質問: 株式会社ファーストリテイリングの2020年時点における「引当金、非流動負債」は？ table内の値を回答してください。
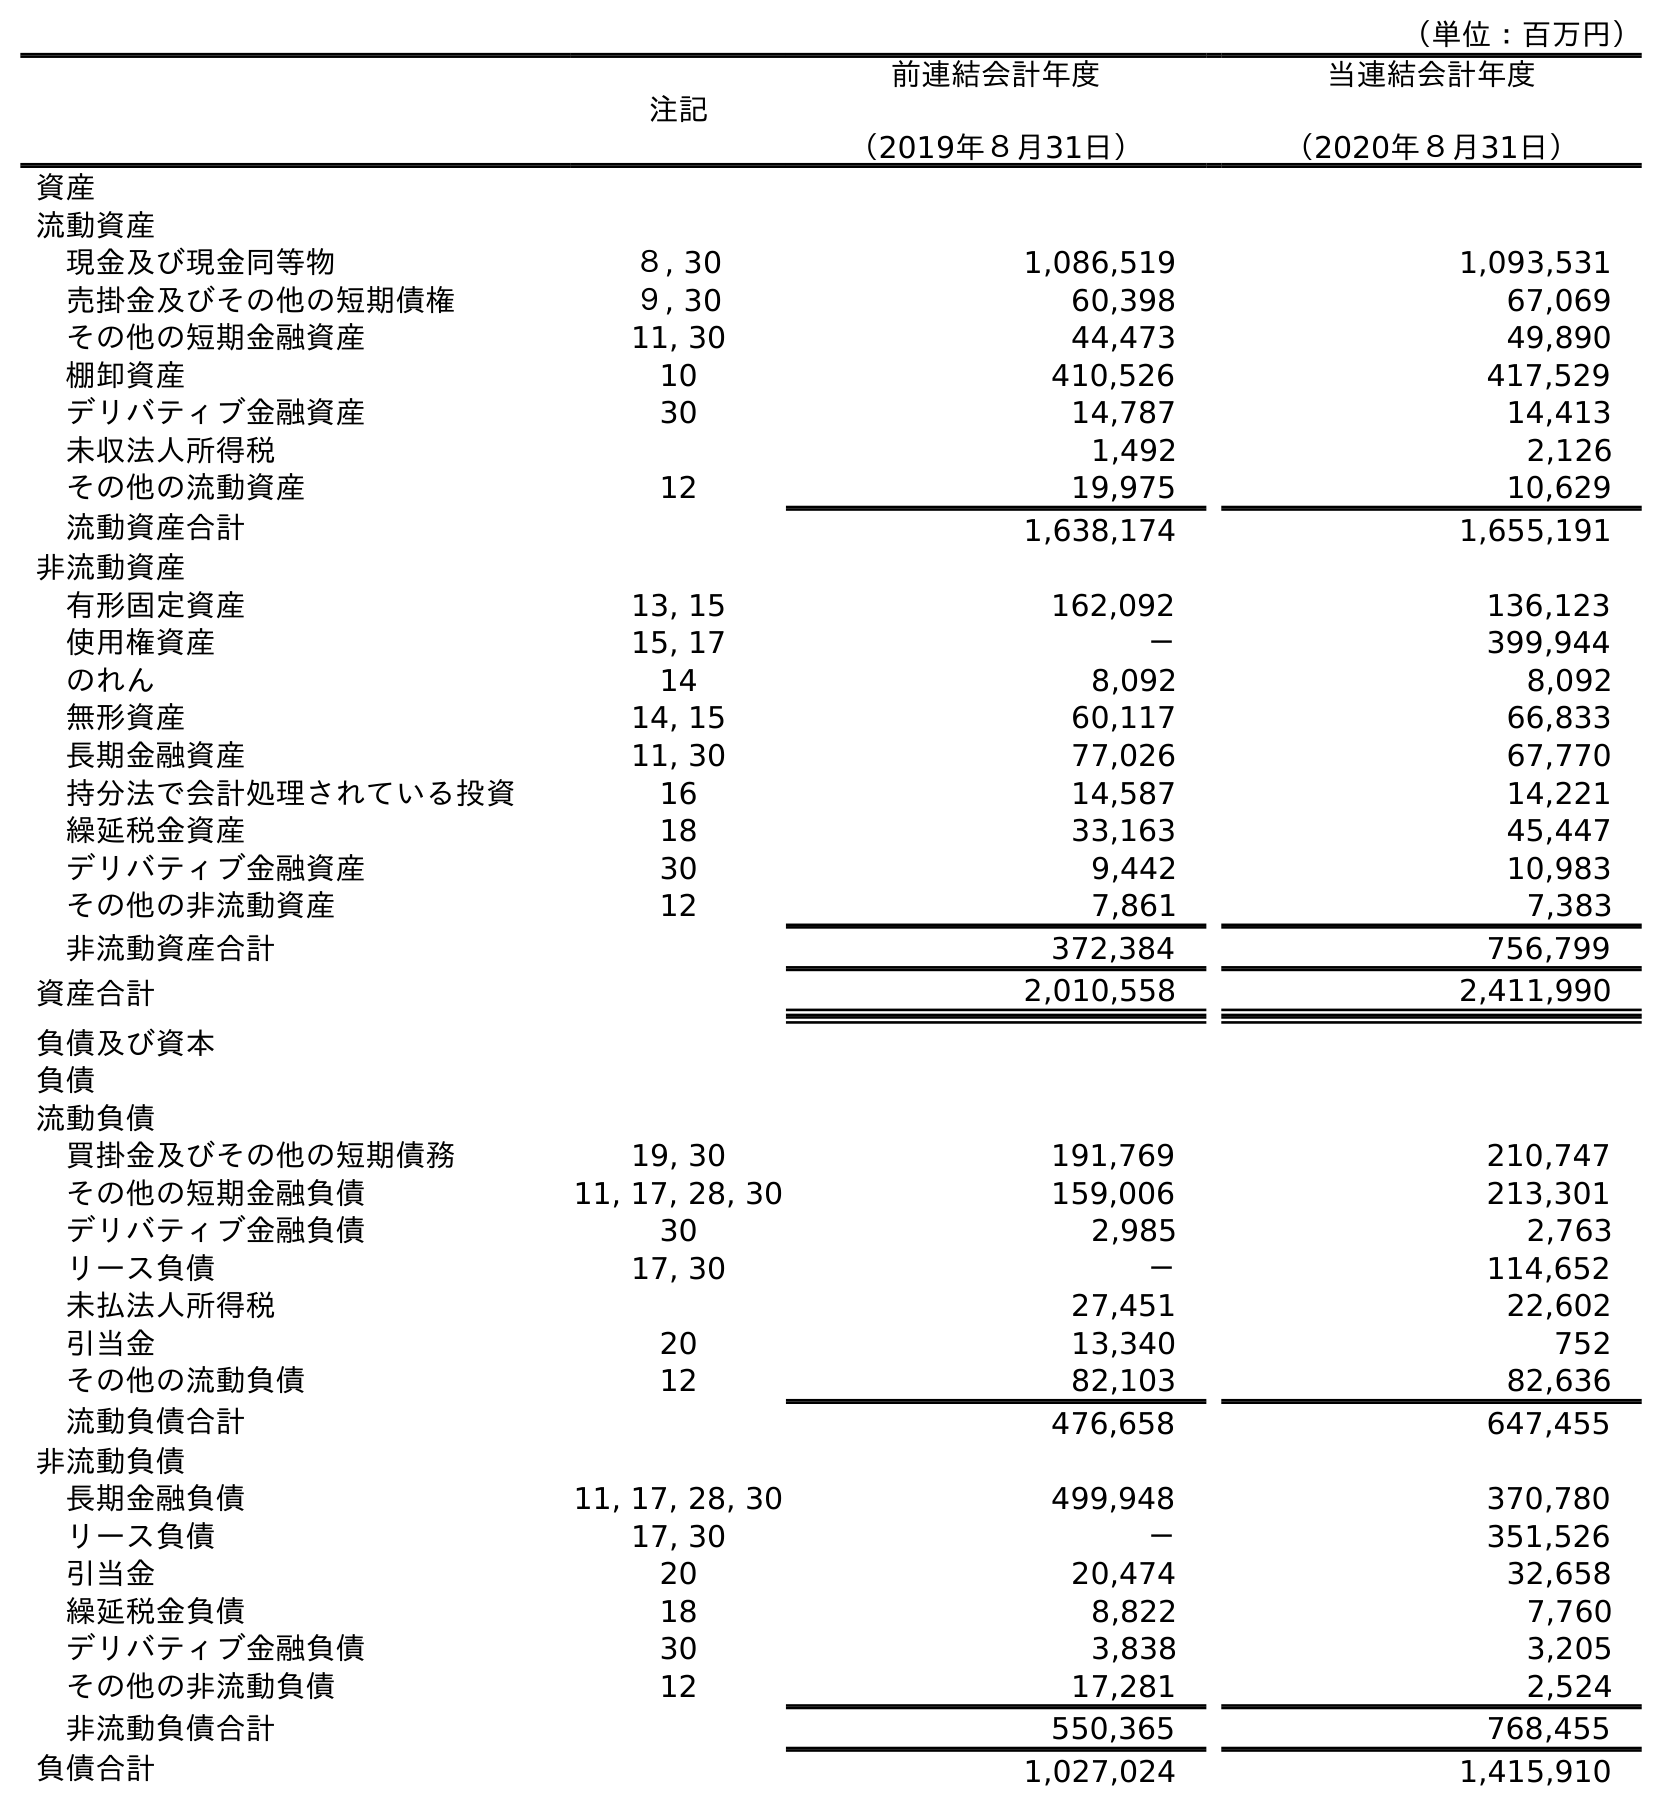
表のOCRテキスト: （単位：百万円） 注記 前連結会計年度 （2019年８月31日） 当連結会計年度 （2020年８月31日） 資産 流動資産 現金及び現金同等物 ８, 30 1,086,519 1,093,531 売掛金及びその他の短期債権 ９, 30 60,398 67,069 その他の短期金融資産 11, 30 44,473 49,890 棚卸資産 10 410,526 417,529 デリバティブ金融資産 30 14,787 14,413 未収法人所得税 1,492 2,126 その他の流動資産 12 19,975 10,629 流動資産合計 1,638,174 1,655,191 非流動資産 有形固定資産 13, 15 162,092 136,123 使用権資産 15, 17 － 399,944 のれん 14 8,092 8,092 無形資産 14, 15 60,117 66,833 長期金融資産 11, 30 77,026 67,770 持分法で会計処理されている投資 16 14,587 14,221 繰延税金資産 18 33,163 45,447 デリバティブ金融資産 30 9,442 10,983 その他の非流動資産 12 7,861 7,383 非流動資産合計 372,384 756,799 資産合計 2,010,558 2,411,990 負債及び資本 負債 流動負債 買掛金及びその他の短期債務 19, 30 191,769 210,747 その他の短期金融負債 11, 17, 28, 30 159,006 213,301 デリバティブ金融負債 30 2,985 2,763 リース負債 17, 30 － 114,652 未払法人所得税 27,451 22,602 引当金 20 13,340 752 その他の流動負債 12 82,103 82,636 流動負債合計 476,658 647,455 非流動負債 長期金融負債 11, 17, 28, 30 499,948 370,780 リース負債 17, 30 － 351,526 引当金 20 20,474 32,658 繰延税金負債 18 8,822 7,760 デリバティブ金融負債 30 3,838 3,205 その他の非流動負債 12 17,281 2,524 非流動負債合計 550,365 768,455 負債合計 1,027,024 1,415,910
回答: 32,658